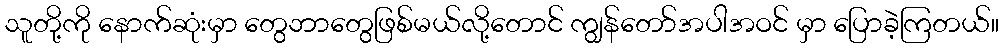
သူတို့ကို နောက်ဆုံးမှာ တွေဘာတွေဖြစ်မယ်လို့တောင် ကျွန်တော်အပါအဝင် မှာ ပြောခဲ့ကြတယ်။